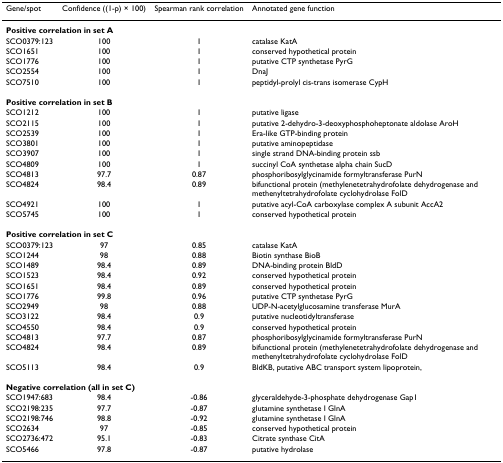
<table><thead><tr><td><b>Gene/spot</b></td><td><b>Confidence ((1-p) × 100)</b></td><td><b>Spearman rank correlation</b></td><td><b>Annotated gene function</b></td></tr></thead><tbody><tr><td colspan="4"><b>Positive correlation in set A</b></td></tr><tr><td>SCO0379:123</td><td>100</td><td>1</td><td>catalase KatA</td></tr><tr><td>SCO1651</td><td>100</td><td>1</td><td>conserved hypothetical protein</td></tr><tr><td>SCO1776</td><td>100</td><td>1</td><td>putative CTP synthetase PyrG</td></tr><tr><td>SCO2554</td><td>100</td><td>1</td><td>DnaJ</td></tr><tr><td>SCO7510</td><td>100</td><td>1</td><td>peptidyl-prolyl cis-trans isomerase CypH</td></tr><tr><td colspan="4"><b>Positive correlation in set B</b></td></tr><tr><td>SCO1212</td><td>100</td><td>1</td><td>putative ligase</td></tr><tr><td>SCO2115</td><td>100</td><td>1</td><td>putative 2-dehydro-3-deoxyphosphoheptonate aldolase AroH</td></tr><tr><td>SCO2539</td><td>100</td><td>1</td><td>Era-like GTP-binding protein</td></tr><tr><td>SCO3801</td><td>100</td><td>1</td><td>putative aminopeptidase</td></tr><tr><td>SCO3907</td><td>100</td><td>1</td><td>single strand DNA-binding protein ssb</td></tr><tr><td>SCO4809</td><td>100</td><td>1</td><td>succinyl CoA synthetase alpha chain SucD</td></tr><tr><td>SCO4813</td><td>97.7</td><td>0.87</td><td>phosphoribosylglycinamide formyltransferase PurN</td></tr><tr><td>SCO4824</td><td>98.4</td><td>0.89</td><td>bifunctional protein (methylenetetrahydrofolate dehydrogenase and methenyltetrahydrofolate cyclohydrolase FolD</td></tr><tr><td>SCO4921</td><td>100</td><td>1</td><td>putative acyl-CoA carboxylase complex A subunit AccA2</td></tr><tr><td>SCO5745</td><td>100</td><td>1</td><td>conserved hypothetical protein</td></tr><tr><td colspan="4"><b>Positive correlation in set C</b></td></tr><tr><td>SCO0379:123</td><td>97</td><td>0.85</td><td>catalase KatA</td></tr><tr><td>SCO1244</td><td>98</td><td>0.88</td><td>Biotin synthase BioB</td></tr><tr><td>SCO1489</td><td>98.4</td><td>0.89</td><td>DNA-binding protein BldD</td></tr><tr><td>SCO1523</td><td>98.4</td><td>0.92</td><td>conserved hypothetical protein</td></tr><tr><td>SCO1651</td><td>98.4</td><td>0.89</td><td>conserved hypothetical protein</td></tr><tr><td>SCO1776</td><td>99.8</td><td>0.96</td><td>putative CTP synthetase PyrG</td></tr><tr><td>SCO2949</td><td>98</td><td>0.88</td><td>UDP-N-acetylglucosamine transferase MurA</td></tr><tr><td>SCO3122</td><td>98.4</td><td>0.9</td><td>putative nucleotidyltransferase</td></tr><tr><td>SCO4550</td><td>98.4</td><td>0.9</td><td>conserved hypothetical protein</td></tr><tr><td>SCO4813</td><td>97.7</td><td>0.87</td><td>phosphoribosylglycinamide formyltransferase PurN</td></tr><tr><td>SCO4824</td><td>98.4</td><td>0.89</td><td>bifunctional protein (methylenetetrahydrofolate dehydrogenase and methenyltetrahydrofolate cyclohydrolase FolD</td></tr><tr><td>SCO5113</td><td>98.4</td><td>0.9</td><td>BldKB, putative ABC transport system lipoprotein,</td></tr><tr><td colspan="4"><b>Negative correlation (all in set C)</b></td></tr><tr><td>SCO1947:683</td><td>98.4</td><td>-0.86</td><td>glyceraldehyde-3-phosphate dehydrogenase Gap1</td></tr><tr><td>SCO2198:235</td><td>97.7</td><td>-0.87</td><td>glutamine synthetase I GlnA</td></tr><tr><td>SCO2198:746</td><td>98.8</td><td>-0.92</td><td>glutamine synthetase I GlnA</td></tr><tr><td>SCO2634</td><td>97</td><td>-0.85</td><td>conserved hypothetical protein</td></tr><tr><td>SCO2736:472</td><td>95.1</td><td>-0.83</td><td>Citrate synthase CitA</td></tr><tr><td>SCO5466</td><td>97.8</td><td>-0.87</td><td>putative hydrolase</td></tr></tbody></table>